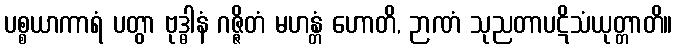
ပစ္စယာကာရံ ပတွာ ဗုဒ္ဓါနံ ဂဇ္ဇိတံ မဟန္တံ ဟောတိ, ဉာဏံ သုညတာပဋိသံယုတ္တာတိ။